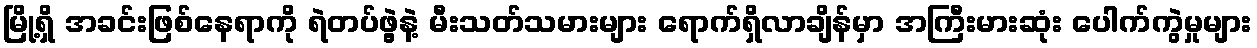
မြို့ရှိ အခင်းဖြစ်နေရာကို ရဲတပ်ဖွဲ့နဲ့ မီးသတ်သမားများ ရောက်ရှိလာချိန်မှာ အကြီးမားဆုံး ပေါက်ကွဲမှုများ